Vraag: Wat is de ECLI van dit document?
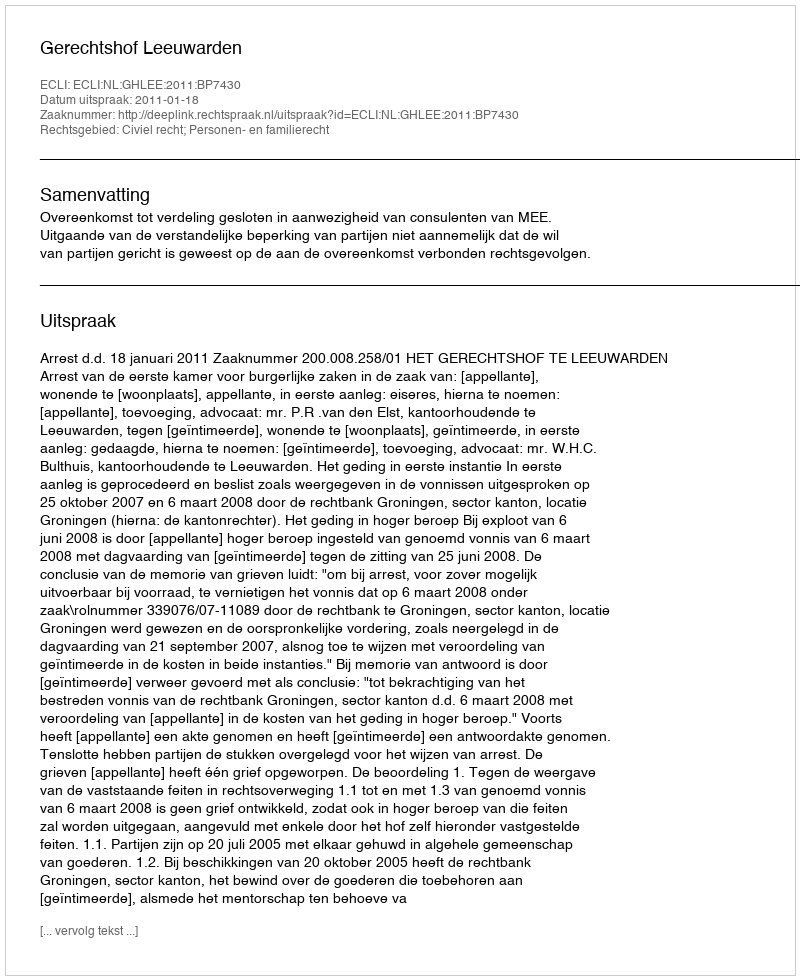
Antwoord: ECLI:NL:GHLEE:2011:BP7430